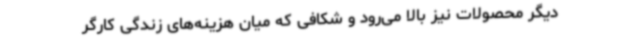
دیگر محصولات نیز بالا می‌رود و شکافی که میان هزینه‌های زندگی کارگر